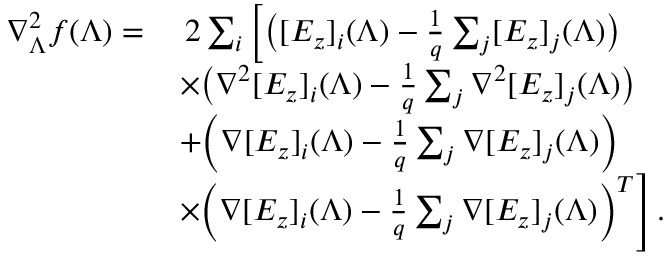
\begin{array} { r l } { \nabla _ { \boldsymbol { \Lambda } } ^ { 2 } f ( \boldsymbol { \Lambda } ) = } & { \; 2 \sum _ { i } \left[ \big ( [ E _ { z } ] _ { i } ( \boldsymbol { \Lambda } ) - \frac { 1 } { q } \sum _ { j } [ E _ { z } ] _ { j } ( \boldsymbol { \Lambda } ) \big ) \right. } \\ & { \left. \times \big ( \nabla ^ { 2 } [ E _ { z } ] _ { i } ( \boldsymbol { \Lambda } ) - \frac { 1 } { q } \sum _ { j } \nabla ^ { 2 } [ E _ { z } ] _ { j } ( \boldsymbol { \Lambda } ) \big ) \right. } \\ & { \left. + \Big ( \nabla [ E _ { z } ] _ { i } ( \boldsymbol { \Lambda } ) - \frac { 1 } { q } \sum _ { j } \nabla [ E _ { z } ] _ { j } ( \boldsymbol { \Lambda } ) \Big ) \right. } \\ & { \left. \times \Big ( \nabla [ E _ { z } ] _ { i } ( \boldsymbol { \Lambda } ) - \frac { 1 } { q } \sum _ { j } \nabla [ E _ { z } ] _ { j } ( \boldsymbol { \Lambda } ) \Big ) ^ { T } \right] . } \end{array}